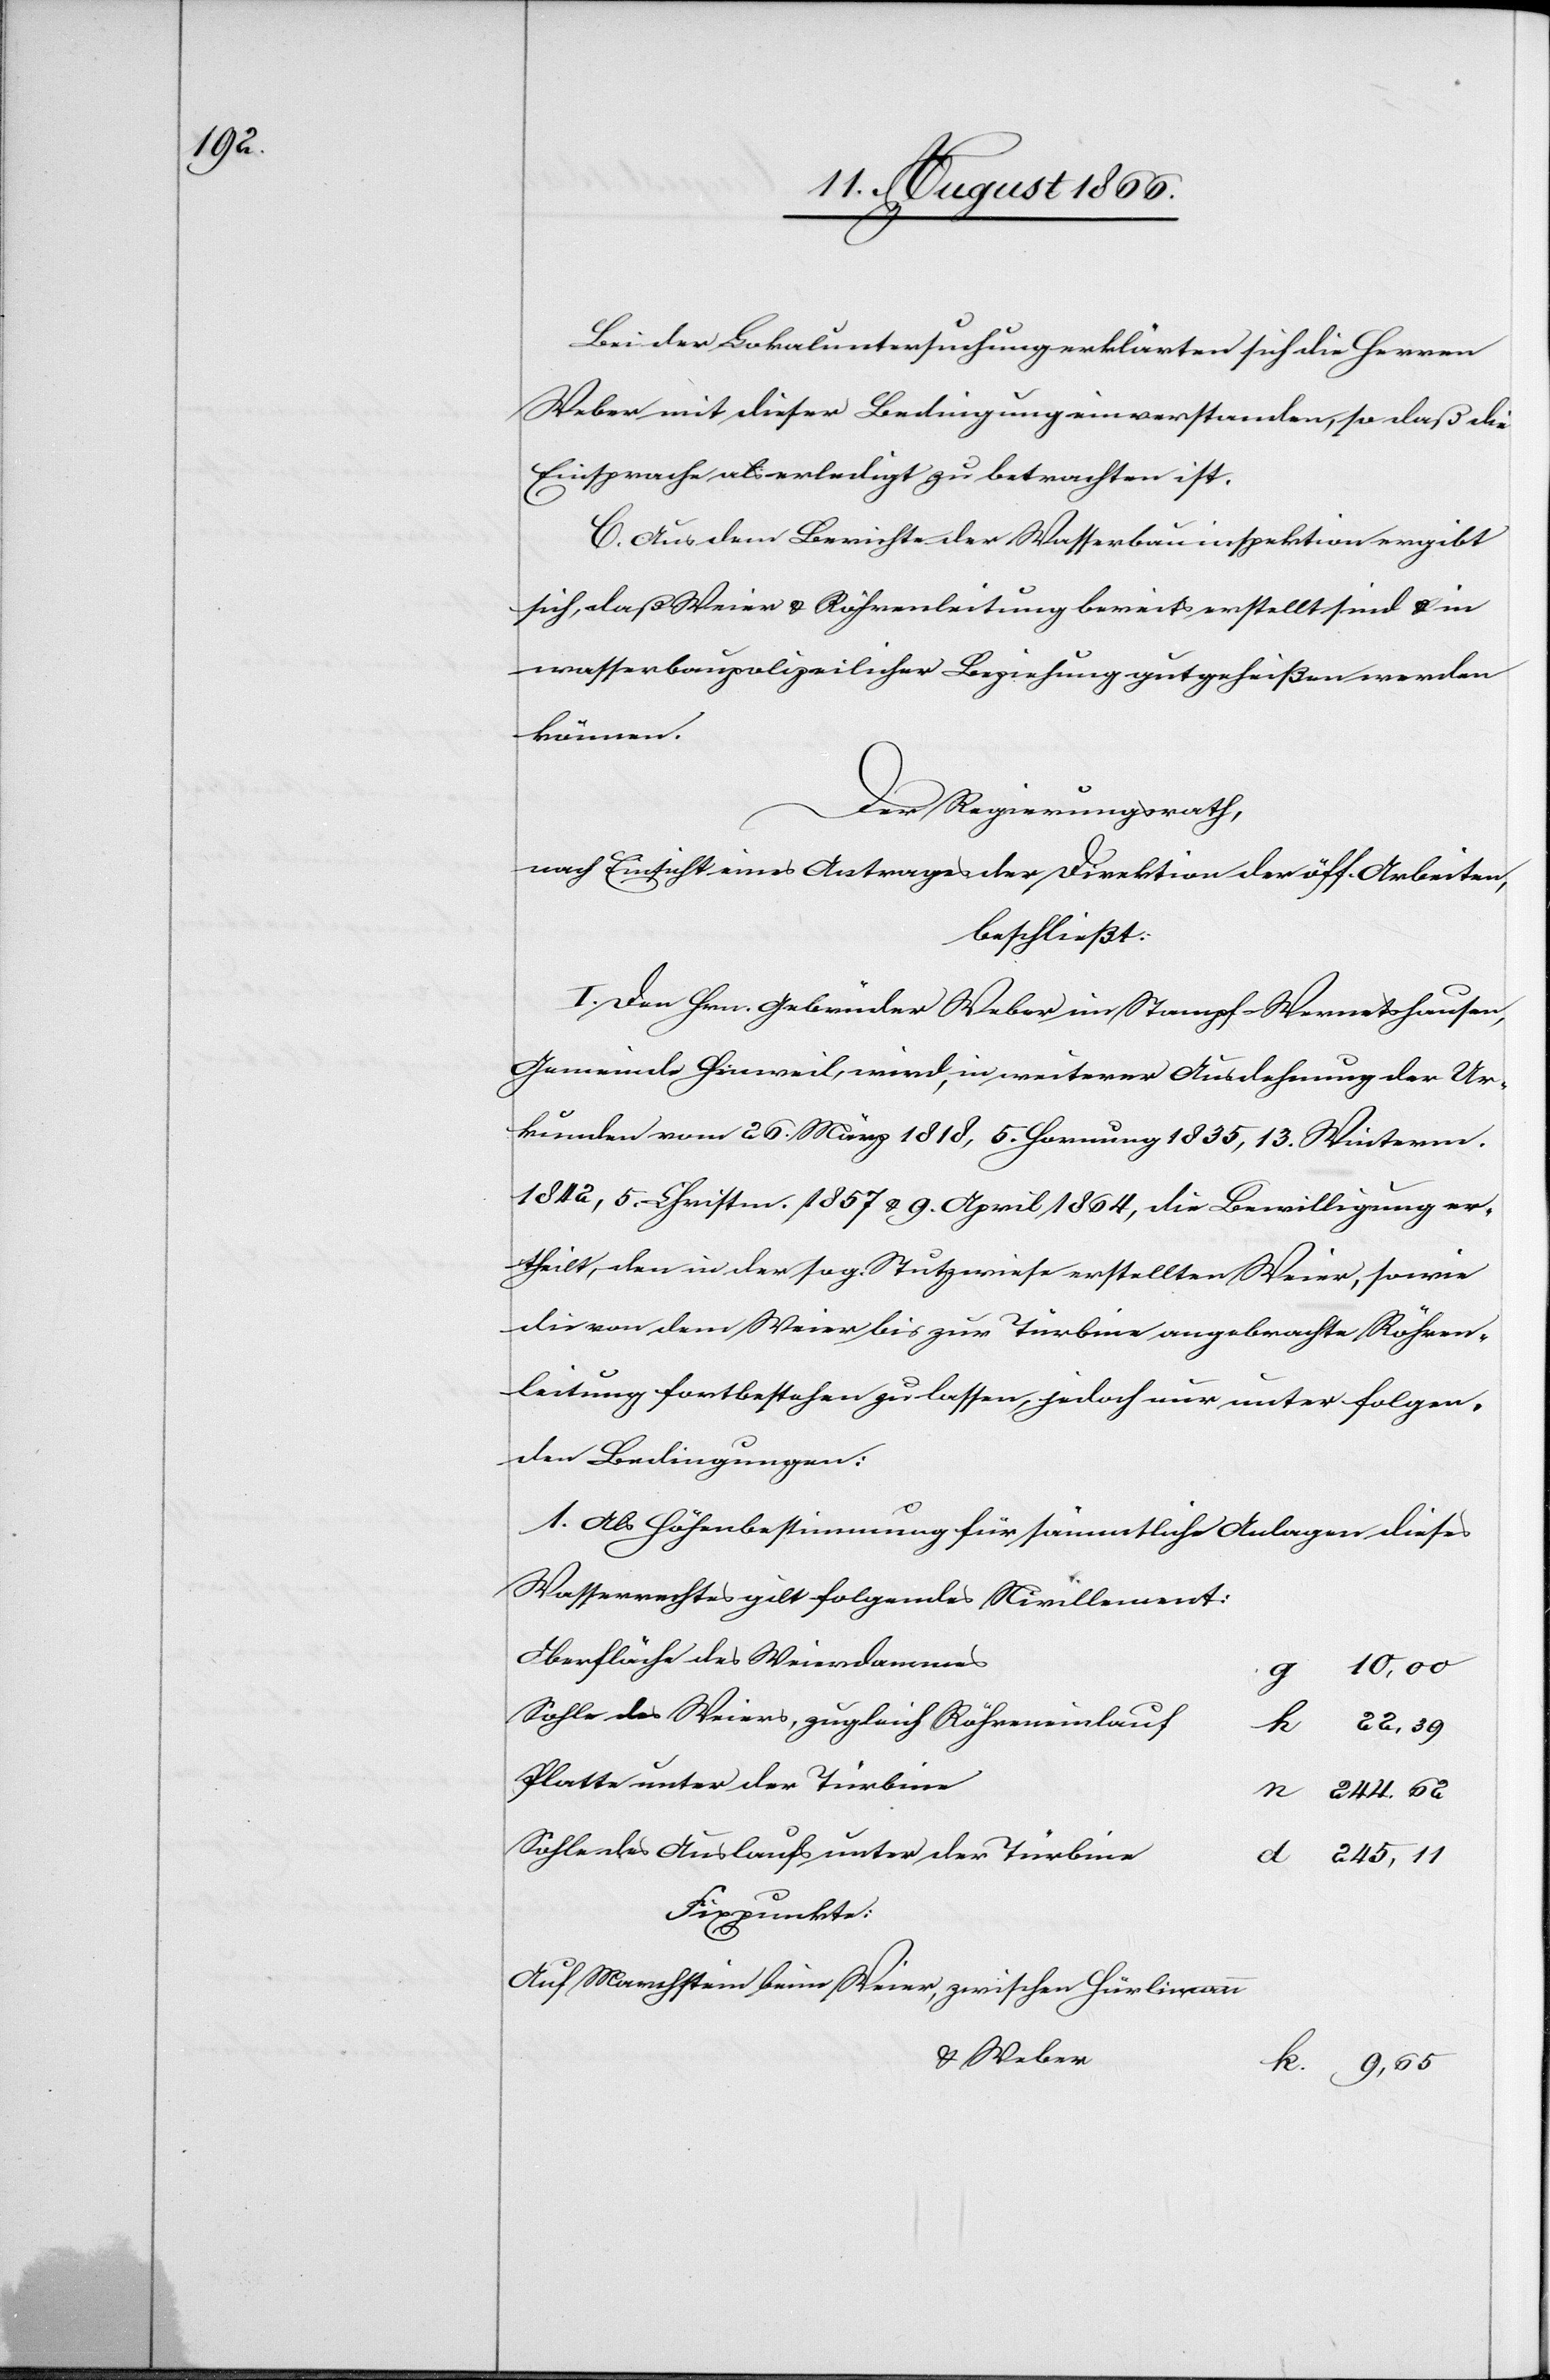
Bei der Lokaluntersuchung erklärten sich die Herren
Weber mit dieser Bedingung einverstanden, so daß die
Einsprache als erledigt zu betrachten ist.
C. Aus dem Berichte der Wasserbauinspektion ergibt
sich, daß Weier u. Röhrenleitung bereits erstellt sind u. in
wasserbaupolizeilicher Beziehung gutgeheißen werden
können.
Der Regierungsrath,
nach Einsicht eines Antrages der Direktion der öff. Arbeiten,
beschließt:
I. Den Hrn. Gebrüder Weber im Stampf-Wernetshausen,
Gemeinde Hinweil, wird, in weiterer Ausdehnung der Ur¬
kunde vom 26. März 1818, 5. Hornung 1835, 13. Winterm.
1842, 5. Christm. 1857 u. 9. April 1864, die Bewilligung er¬
theilt, den in der sog. Stutzwiese erstellten Weier, sowie
die von dem Weier bis zur Türbine angebrachte Röhren¬
leitung fortbestehen zu lassen, jedoch nur unter folgen¬
den Bedingungen:
1. Als Höhenbestimmung für sämmtliche Anlagen dieses
Wasserrechtes gilt folgendes Nivellement:
Oberfläche des Weierdammes
Sohle des Weiers, zugleich Röhreneinlauf
Platte unter der Türbine
Sohle des Auslaufs unter der Türbine
245,11
Fixpunkte:
Auf Marchstein beim Weier, zwischen Hürlimann
u. Weber
9,65